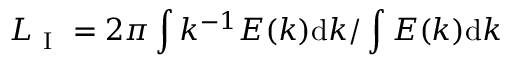
L _ { \mathrm { ~ I ~ } } = 2 \pi \int k ^ { - 1 } E ( k ) \mathrm { d } k / \int E ( k ) \mathrm { d } k